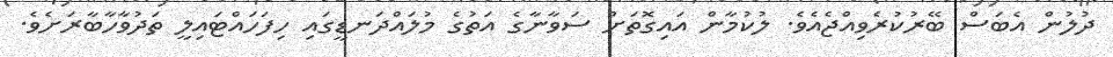
ދުލުން އެބަސް ބޭރުކުރެވިއްޖެއެވެ. ލުކުމާން އައިގޮތަށް ސަވާނާގެ އަތުގެ މުލައްދަނޑީގައި ހިފަހައްޓައިލީ ތަދުވާހާބާރަށެވެ.